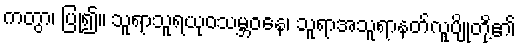
ကတွာ၊ ပြု၍။ သူရာသူရယုဝသမ္ဘဝနေ၊ သူရာအသူရာနတ်လူပျိုတို့၏